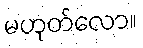
မဟုတ်လော။